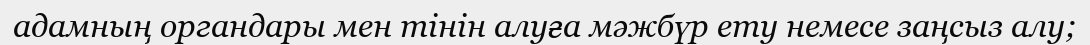
адамның органдары мен тінін алуға мәжбүр ету немесе заңсыз алу;